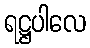
ရဋ္ဌပါလေ